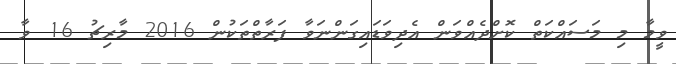
ވީމާ މި މަސައްކަތް ކޮށްދެއްވަން އެދިވަޑައިގަންނަވާ ފަރާތްތަކުން 2016 މާރިޗު 16 ވާ